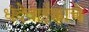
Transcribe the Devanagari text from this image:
धंदेवाईकाचे